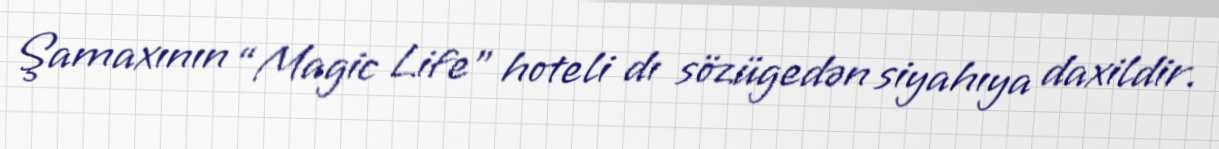
Şamaxının “Magic Life” hoteli dı sözügedən siyahıya daxildir.